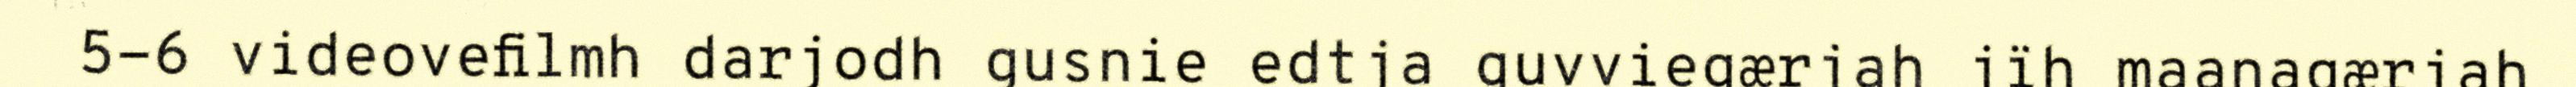
5-6 videovefilmh darjodh gusnie edtja guvviegærjah jïh maanagærjah